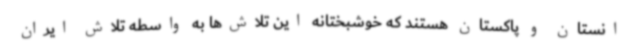
انستان و پاکستان هستند که خوشبختانه این تلاش‌ها به واسطه تلاش ایران